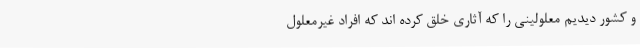
و کشور دیدیم معلولینی را که آثاری خلق کرده اند که افراد غیرمعلول